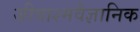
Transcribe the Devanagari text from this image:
जीवाश्मवैज्ञानिक